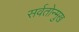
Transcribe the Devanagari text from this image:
सर्वतोन्मुख